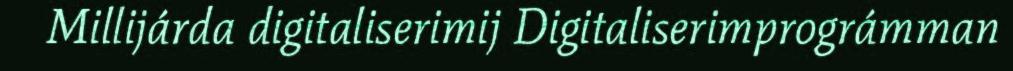
Millijárda digitaliserimij Digitaliserimprográmman